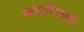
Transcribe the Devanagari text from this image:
बव्हारियाला